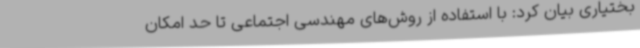
بختیاری بیان کرد: با استفاده از روش‌های مهندسی اجتماعی تا حد امکان